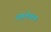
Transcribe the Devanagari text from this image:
अग्रलेखक